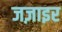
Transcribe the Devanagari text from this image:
जज़ाइर